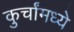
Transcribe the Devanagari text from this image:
कुर्चांमध्ये